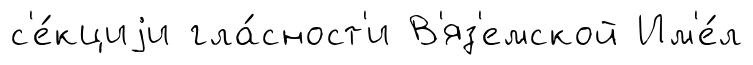
с'е́кциjи гла́сност'и В'яз'емской Им'е́л